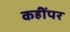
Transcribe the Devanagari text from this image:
कहींपर